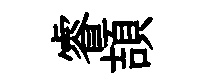
睿頡